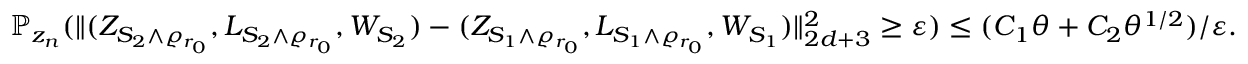
\mathbb P _ { z _ { n } } ( \| ( Z _ { S _ { 2 } \wedge \varrho _ { r _ { 0 } } } , L _ { S _ { 2 } \wedge \varrho _ { r _ { 0 } } } , W _ { S _ { 2 } } ) - ( Z _ { S _ { 1 } \wedge \varrho _ { r _ { 0 } } } , L _ { S _ { 1 } \wedge \varrho _ { r _ { 0 } } } , W _ { S _ { 1 } } ) \| _ { 2 d + 3 } ^ { 2 } \geq \varepsilon ) \leq ( C _ { 1 } \theta + C _ { 2 } \theta ^ { 1 / 2 } ) / \varepsilon .